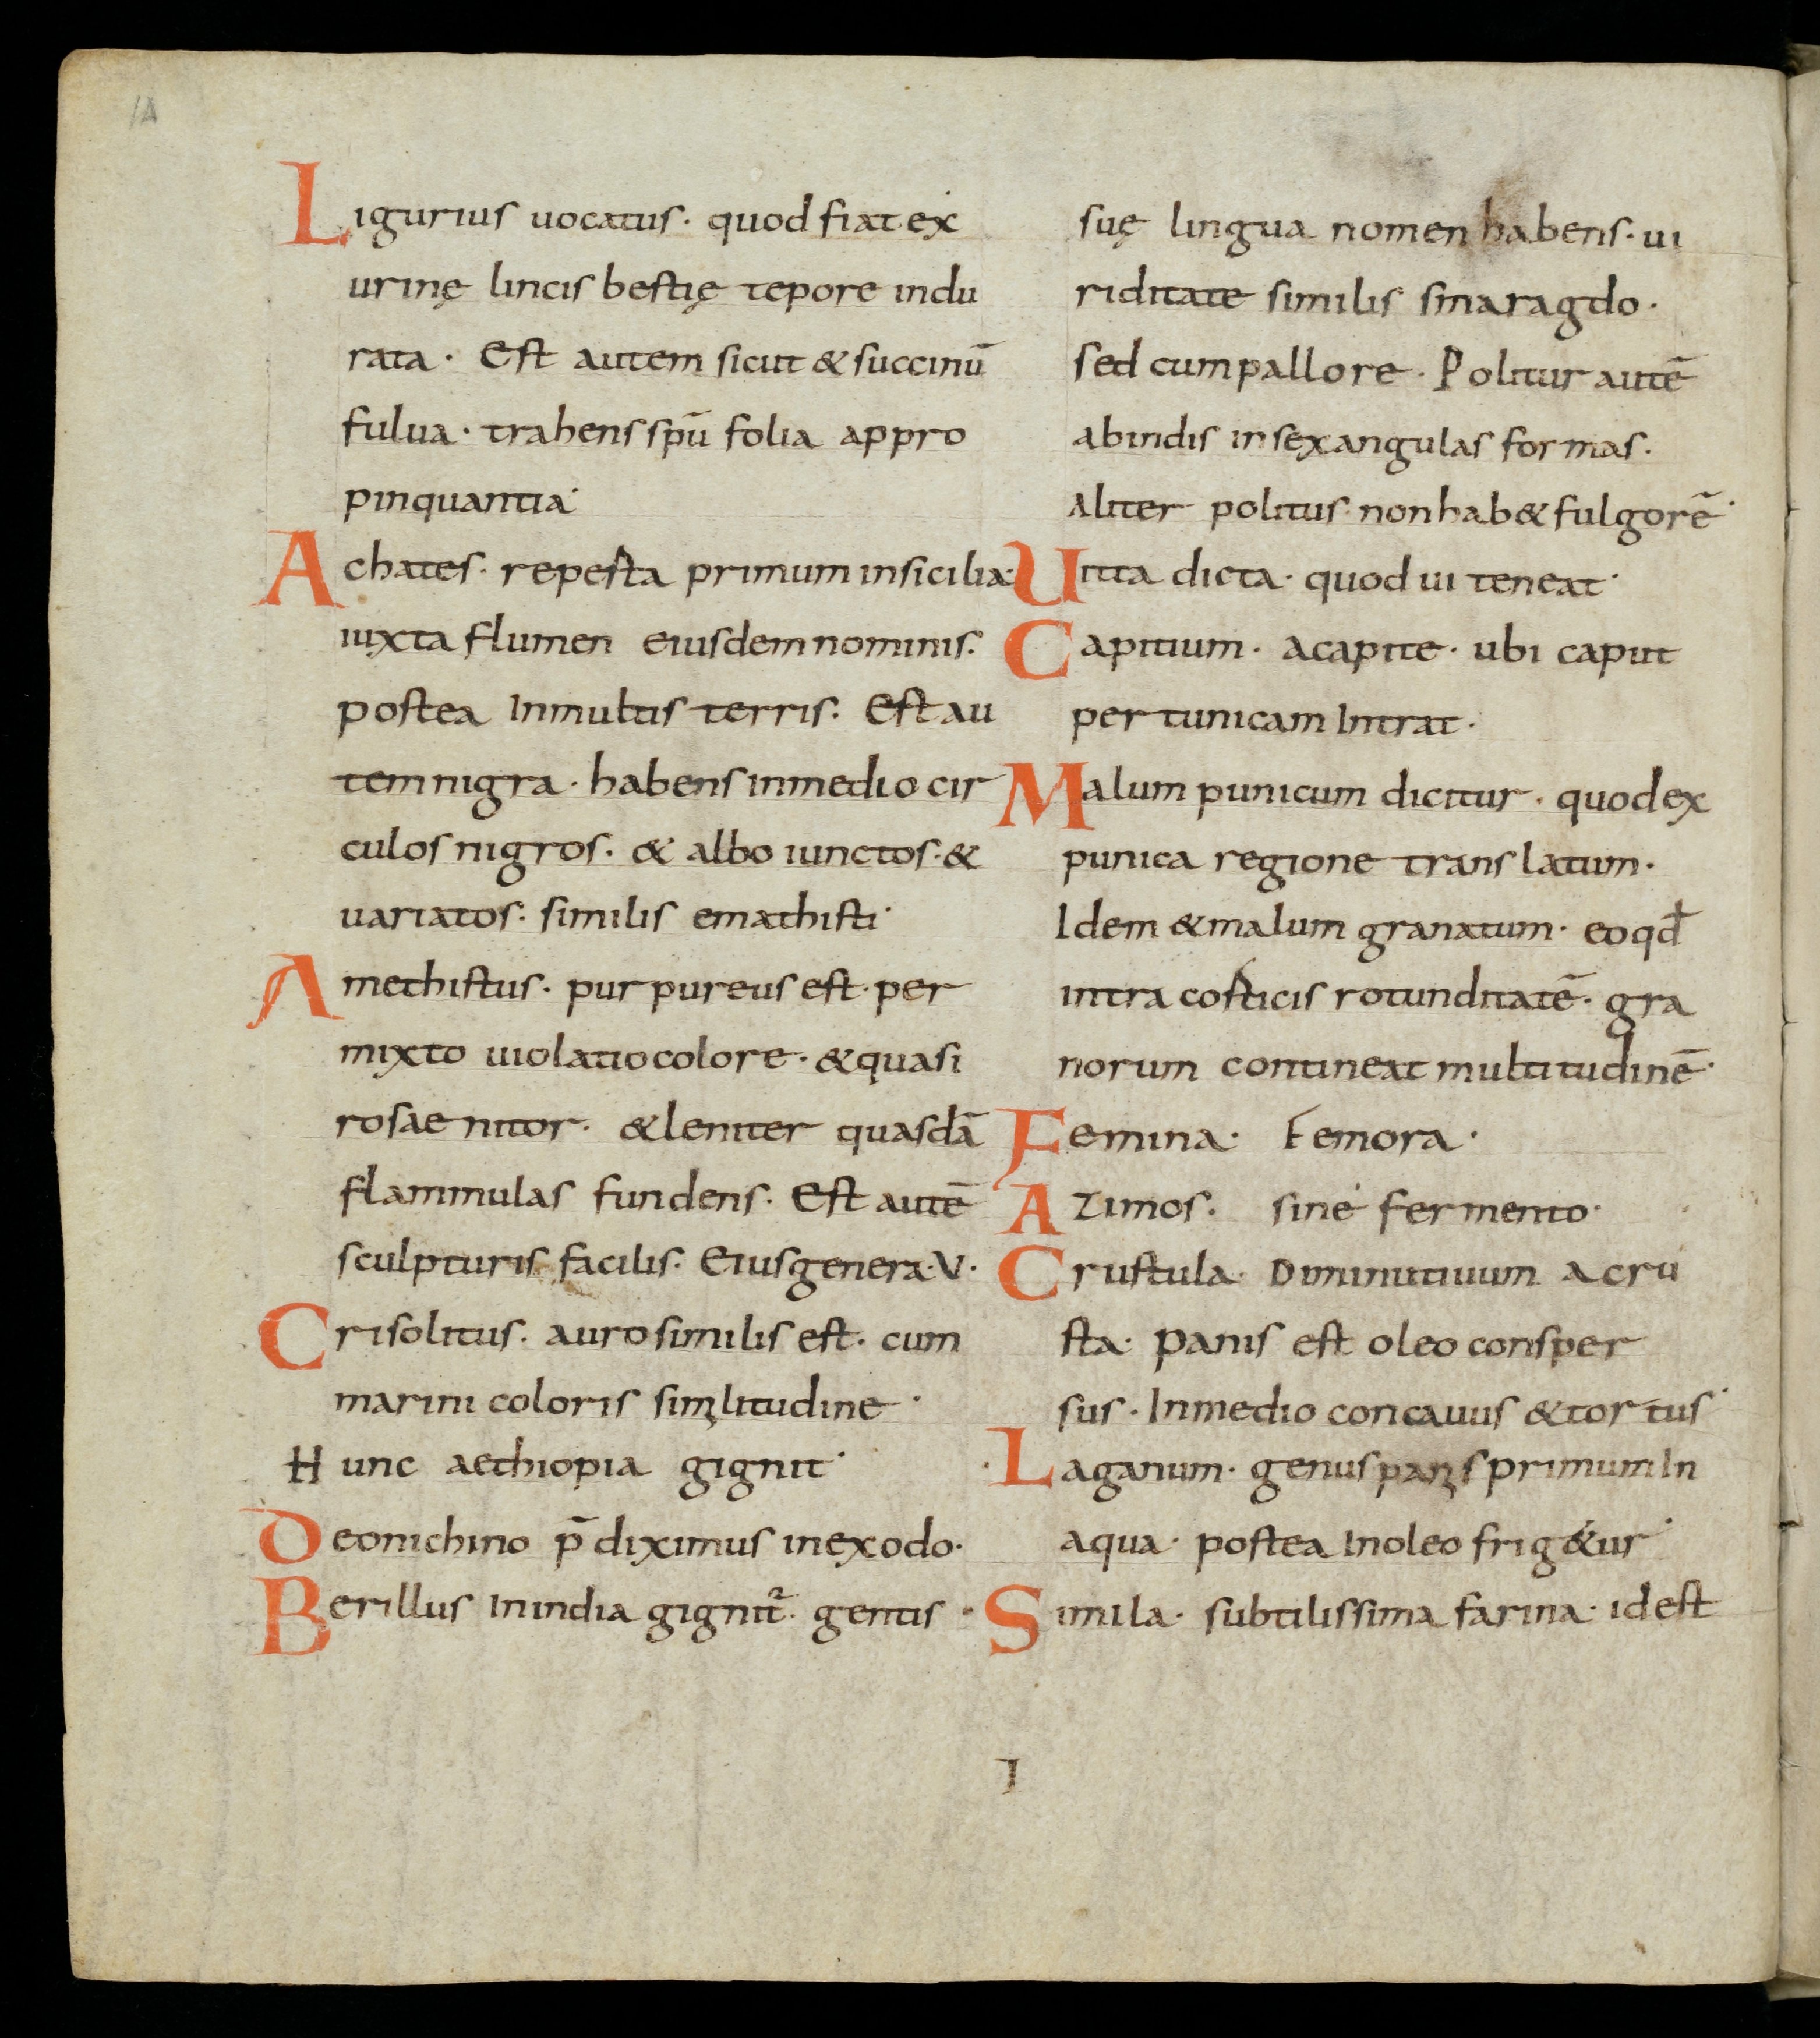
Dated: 800–899